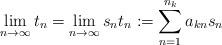
LaTeX: \begin{align*} \lim_{n\to\infty}t_n=\lim_{n\to\infty}s_nt_n:=\sum_{n=1}^{n_k}a_{kn}s_n \end{align*}